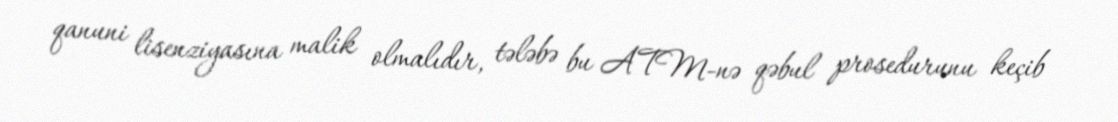
qanuni lisenziyasına malik olmalıdır, tələbə bu ATM-nə qəbul prosedurunu keçib